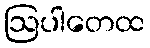
ဩပါတေထ